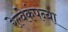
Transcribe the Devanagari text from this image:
रेल्वेकंपन्या